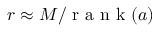
r \approx M / \mathrm { ~ r ~ a ~ n ~ k ~ } ( a )